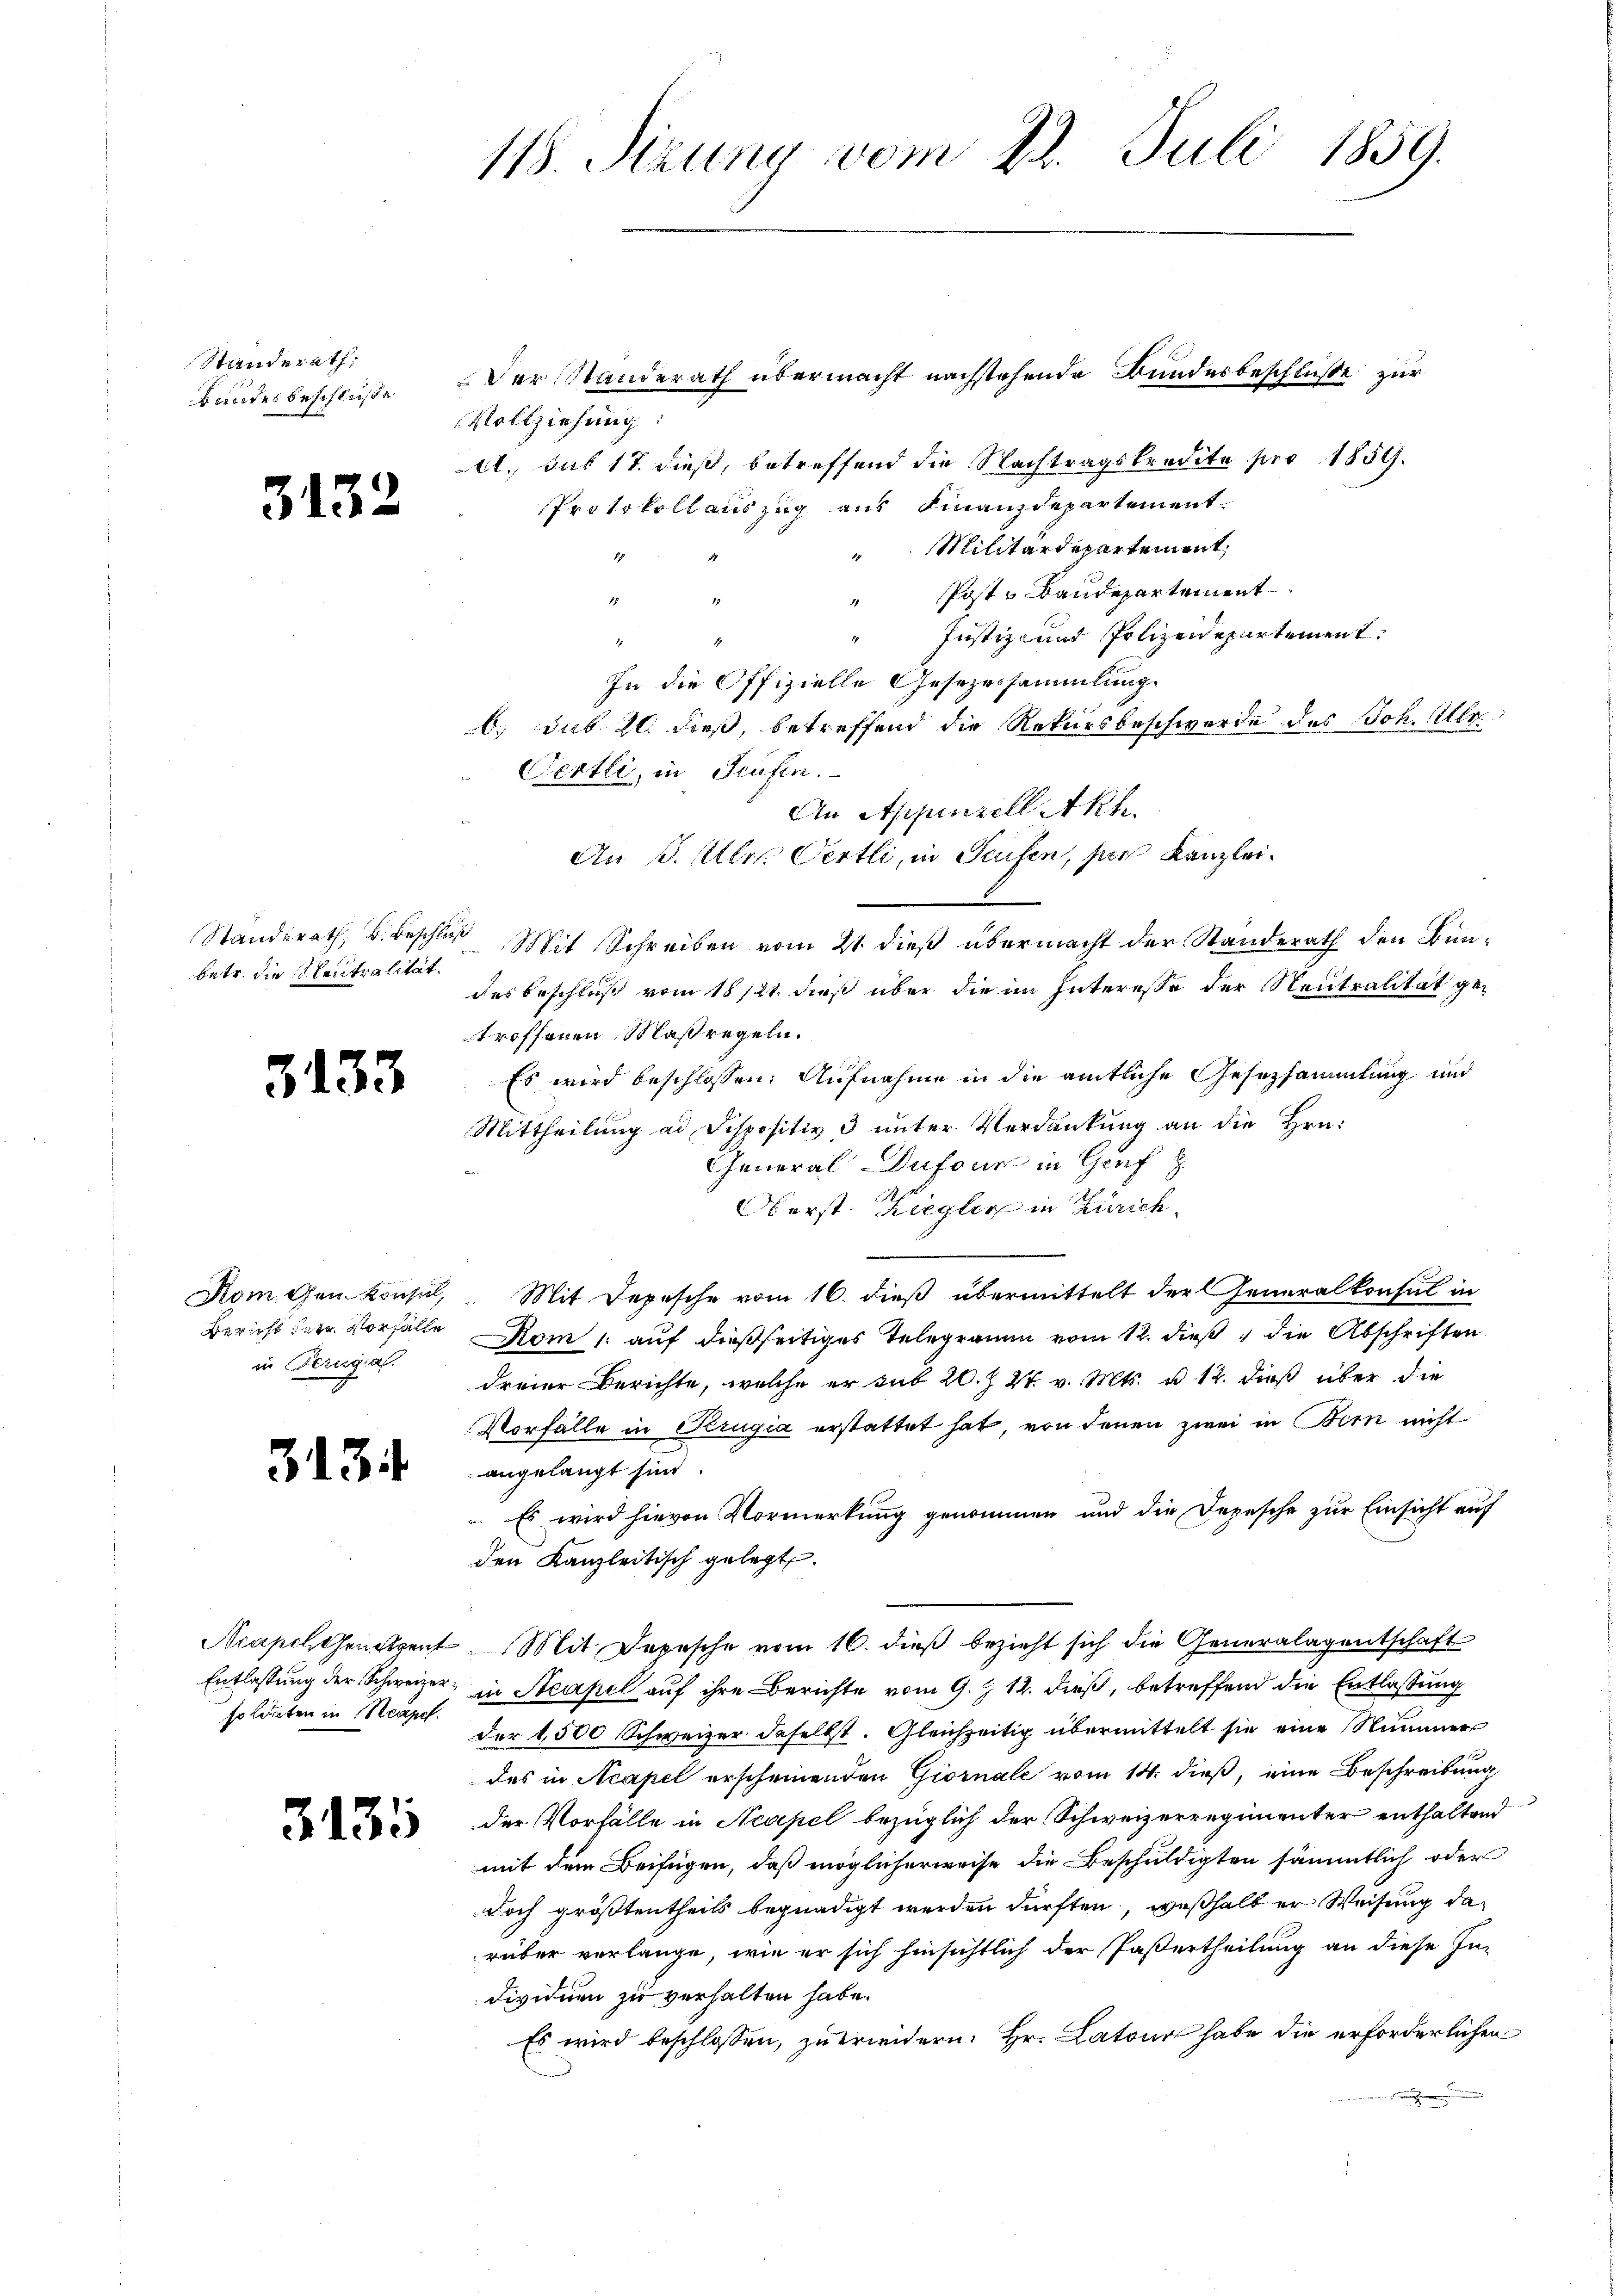
Standerath,
Bundes beschlüße

3132

Standerath, B. Beschluß
betr. die Neutralität.

3133

Nomchen Konsul,
in Perngial.

3134.

soldaten in Neapel.

3131

118. Sizung vom 22. Juli 1859.

Der Standerath übermacht nachstehende Bundesbeschluße zur
Vollziehung:
A. das 17. dieß, betreffend die Nachtragskredita pro 1859.
Protokollauszug aus Finanzdepartement.
Militärdepartement,
Post u Baudepartement
Justiz- und Polizeidepartement.
d
In die Offizielle Gesezessammlung.
b. sub 20. dieß, betreffend die Rekursbeschwerde des Joh. Ulr
Oertli, in Teufen.
An Appenzell Akh.
An J. Ulr. Oertli, in Seifen, per Kanzlei¬
Mit Schreiben vom 21 dieß übermacht der Standerath den Bundes Beschluß vom 18/21. dieß über die im Interesse der Neutralität getroffenen Maßregeln.
Es wird beschlossen: Aufnahme in die amtliche Gesetzsammlung und
Mittheilung an Dispositiv & unter Verdankung an die Hrn.
General Dufour in Genf z
Oberst Ziegler in Zürich
Mit Depesche vom 16. dieß übermittelt der Generalkonsul in
Bericht betr. Vorfälle Rom 1. auf dießseitiges Telegramm vom 12. dieß die Abschriften
dreier Berichte, welche er sub 20. Z. 27. v. Mts. u 12. dieß über die
Vorfälle in Perugia erstattet hat, von denen zwei in Bern nicht
angelangt sind.
. Es wird hievon Vormerkung genommen und die Depesche zur Einsicht auf
den Kanzleitisch gelegt.
Ncasch Geistent. Mit Depesche vom 16. dieß bezieht sich die Generalagentschaft
Entlassung der Schweizer, in Steapel auf ihre Berichte vom 9. J 12. dieß, betreffend die Entlassung
der 1500 Schweizer daselbst. Gleichzeitig übermittelt sie eine Nummer
des in Acapel erscheinenden Giornale vom 14. dieß, eine Beschreibung
der Vorfälle in Neapel bezüglich der Schweizerregimenter enthaltend
mit dem Beifügen, daß möglicherweise die Beschuldigten sämmtlich oder
doch größtentheils begnadigt werden dürften, weßhalb er Weisung darüber verlange, wie er sich hinsichtlich der Pastertheilung an diese In-
dividuen zu verhalten habe.
Es wird beschlossen, zu erwidern. Hr. Latour habe die erforderlichen
.